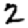
Digit: 2